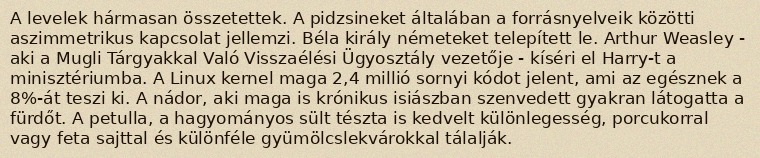
A levelek hármasan összetettek. A pidzsineket általában a forrásnyelveik közötti aszimmetrikus kapcsolat jellemzi. Béla király németeket telepített le. Arthur Weasley - aki a Mugli Tárgyakkal Való Visszaélési Ügyosztály vezetője - kíséri el Harry-t a minisztériumba. A Linux kernel maga 2,4 millió sornyi kódot jelent, ami az egésznek a 8%-át teszi ki. A nádor, aki maga is krónikus isiászban szenvedett gyakran látogatta a fürdőt. A petulla, a hagyományos sült tészta is kedvelt különlegesség, porcukorral vagy feta sajttal és különféle gyümölcslekvárokkal tálalják.